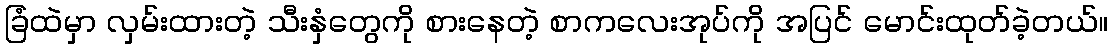
ခြံထဲမှာ လှမ်းထားတဲ့ သီးနှံတွေကို စားနေတဲ့ စာကလေးအုပ်ကို အပြင် မောင်းထုတ်ခဲ့တယ်။